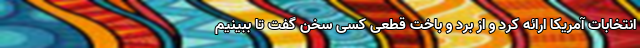
انتخابات آمریکا ارائه کرد و از برد و باخت قطعی کسی سخن گفت تا ببینیم